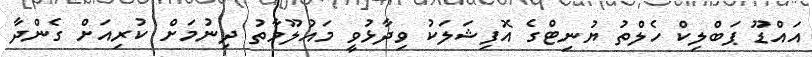
އައްޑޫ ޕަބްލިކް ހެލްތު ޔުނިޓްގެ އޮފިޝަލަކު ވިދާޅުވީ މައުލޫމާތު ދިނުމަށް ކުރިއަށް ގެންދާ